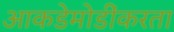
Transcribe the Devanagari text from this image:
आकडेमोडींकरता